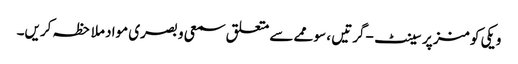
ویکی کومنز پر سینٹ-گرتیں ، سوممے سے متعلق سمعی و بصری مواد ملاحظہ کریں۔